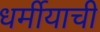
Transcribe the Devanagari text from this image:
धर्मीयाची